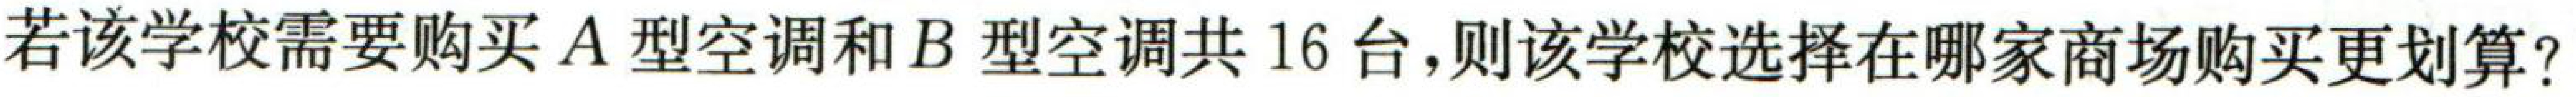
若该学校需要购买A型空调和B型空调共16台,则该学校选择在哪家商场购买更划算?